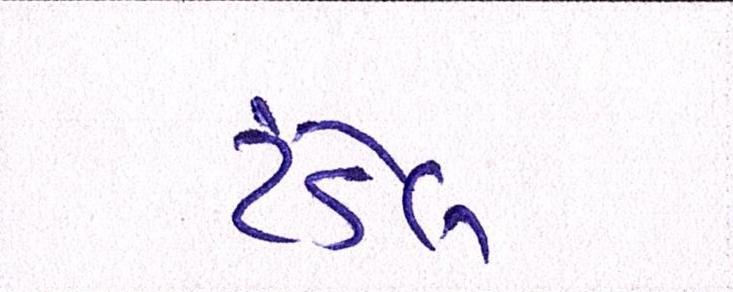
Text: ટંડેલ